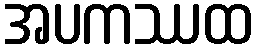
အပကဿထ